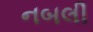
નબલી